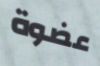
عضوة